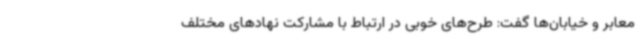
معابر و خیابان‌ها گفت: طرح‌های خوبی در ارتباط با مشارکت نهادهای مختلف